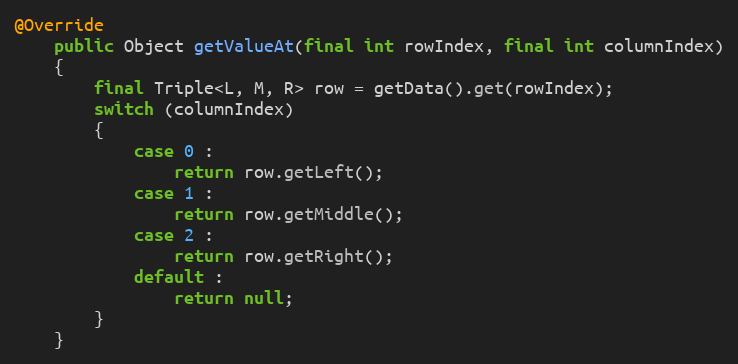
Language: Java
@Override
	public Object getValueAt(final int rowIndex, final int columnIndex)
	{
		final Triple<L, M, R> row = getData().get(rowIndex);
		switch (columnIndex)
		{
			case 0 :
				return row.getLeft();
			case 1 :
				return row.getMiddle();
			case 2 :
				return row.getRight();
			default :
				return null;
		}
	}